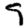
Digit: 9